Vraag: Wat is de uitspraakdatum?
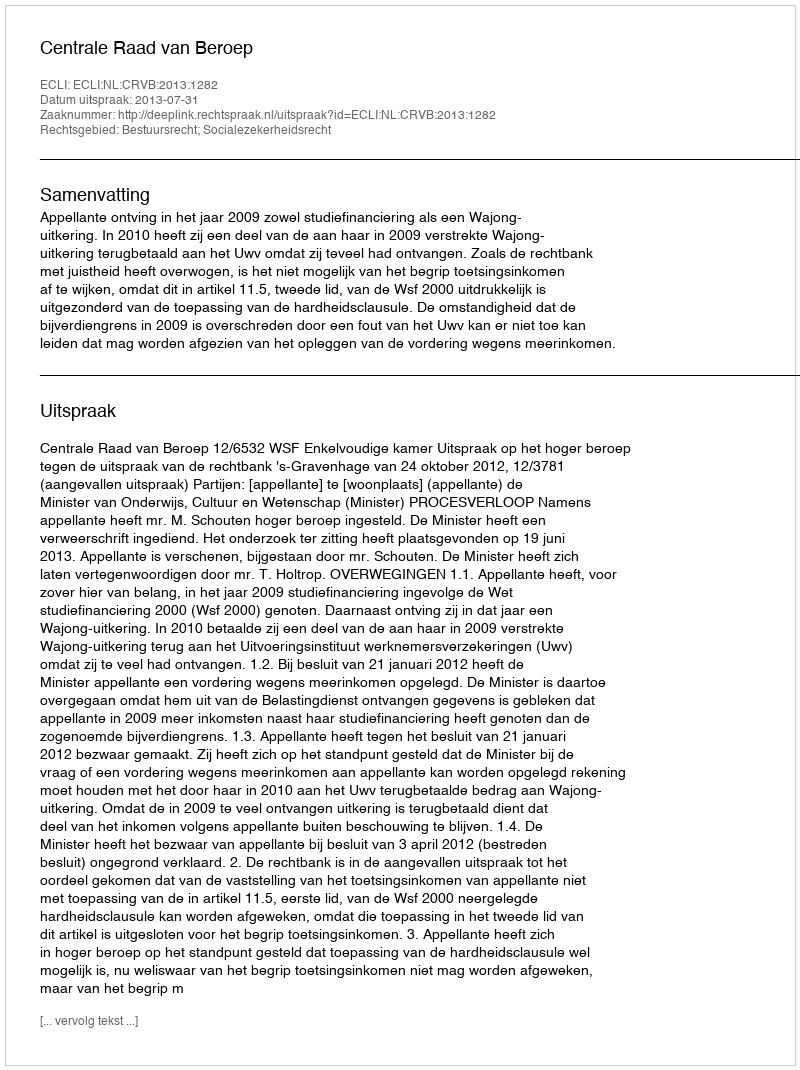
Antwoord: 2013-07-31